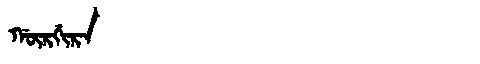
Manchu: ᡤᡡᡵᡤᡳᡵᠠ
Romanization: GŪRGIRA